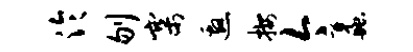
泠刎寨邀按今蠡